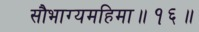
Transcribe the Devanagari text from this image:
सौभाग्यमहिमा॥१६॥